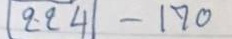
224 - 170